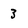
Character: 3